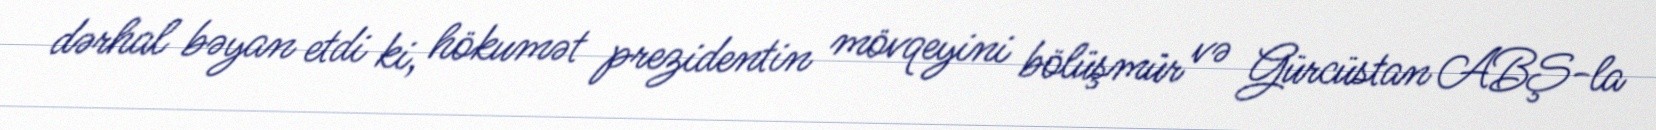
dərhal bəyan etdi ki, hökumət prezidentin mövqeyini bölüşmür və Gürcüstan ABŞ-la